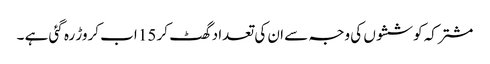
مشترکہ کوششوں کی وجہ سے ان کی تعداد گھٹ کر 15 اب کروڑ رہ گئی ہے ۔